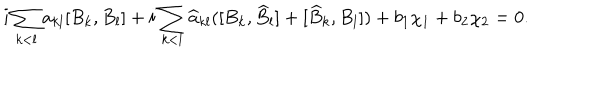
i \sum _ { k < l } a _ { k l } [ B _ { k } , B _ { l } ] + i \sum _ { k < l } \widehat { a } _ { k l } ( [ B _ { k } , \widehat { B } _ { l } ] + [ \widehat { B } _ { k } , B _ { l } ] ) + b _ { 1 } \chi _ { 1 } + b _ { 2 } \chi _ { 2 } = 0 .